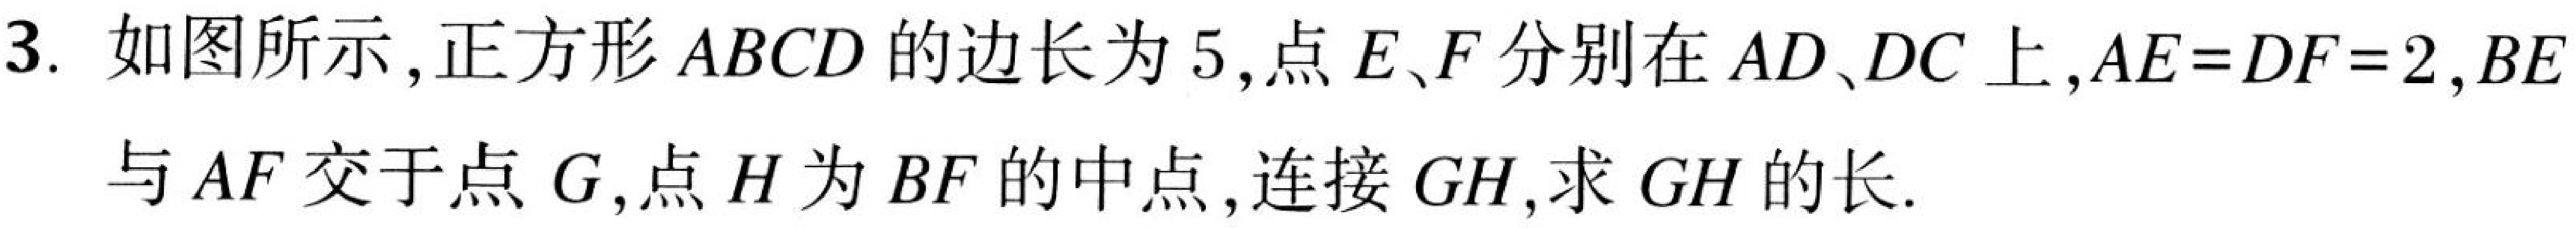
3. 如图所示, 正方形 \(ABCD\) 的边长为 \(5\), 点 \(E、F\) 分别在 \(AD、DC\) 上, \(AE = DF = 2\), \(BE\) 与 \(AF\) 交于点 \(G\), 点 \(H\) 为 \(BF\) 的中点, 连接 \(GH\), 求 \(GH\) 的长.